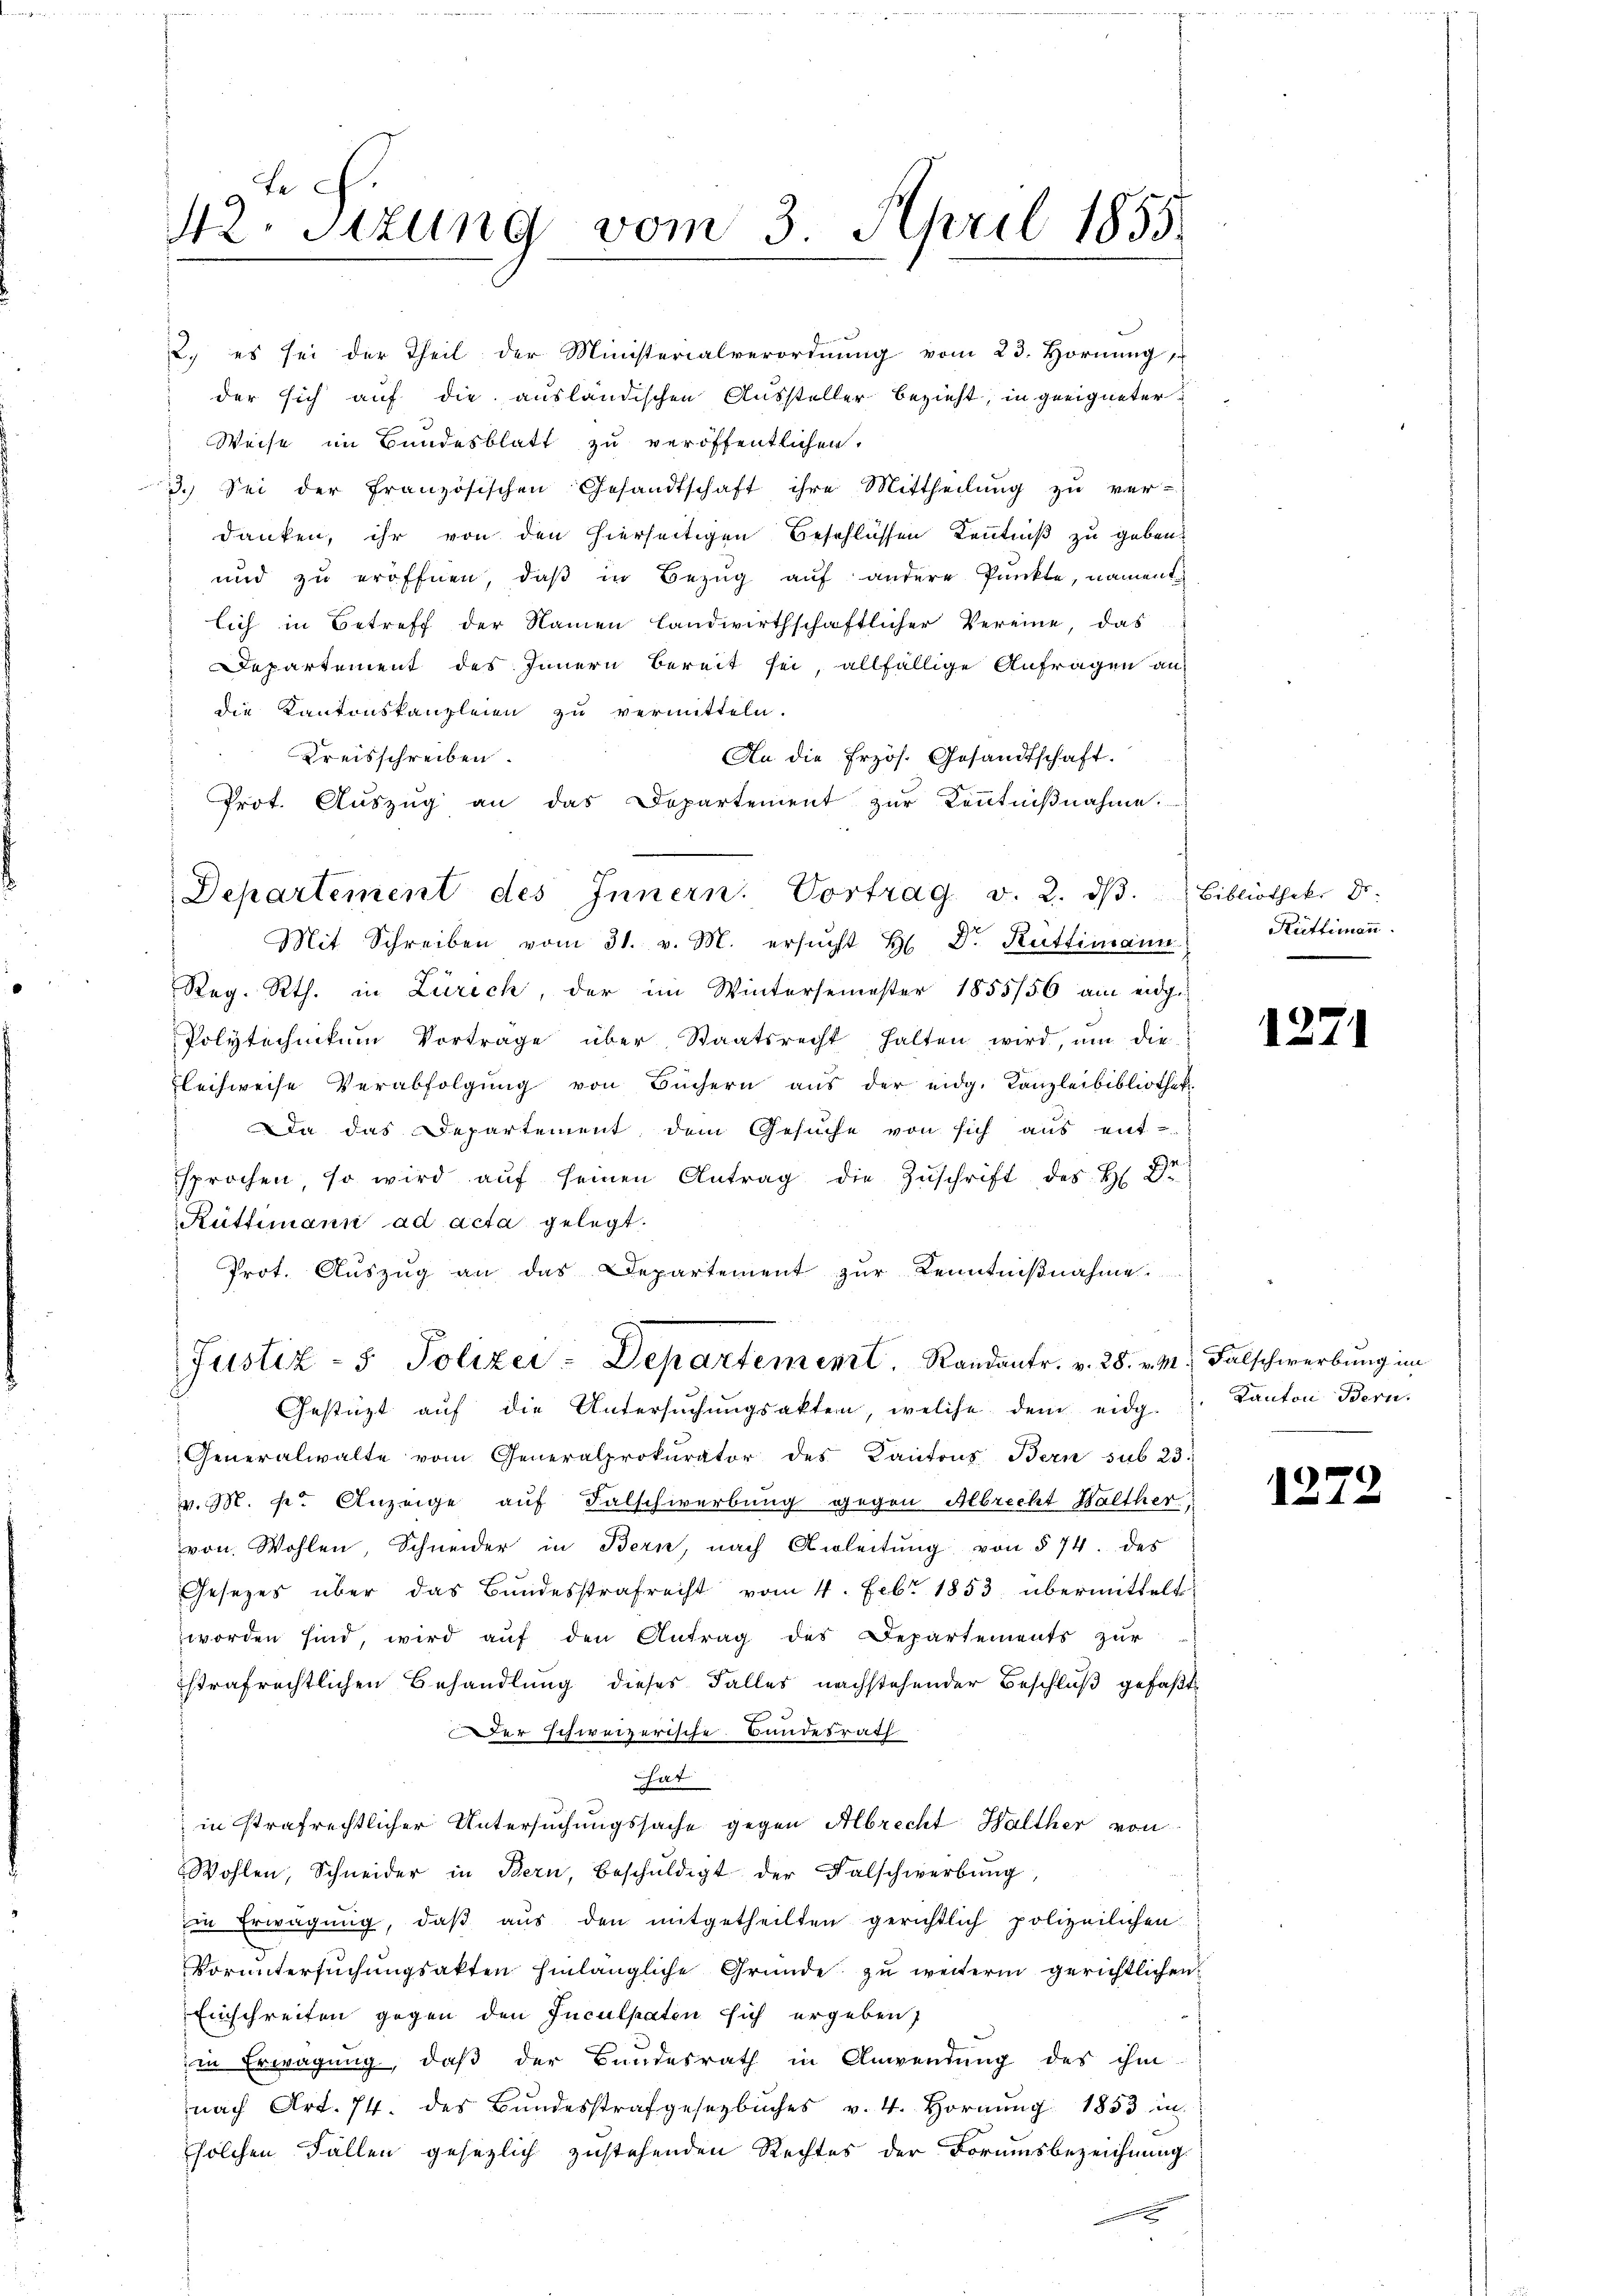
3. Sei der französischen Gesandtschaft ihre Mittheilŭng zŭ ver-
danken, ihr von den hierseitigen Beschlüssen Kenntniß zu geben.
und zu eröffnen, daβ in Bezug auf andere Punkte, nament
lich in Betreff der Namen landwirthschaftlicher Vereine, das
Departement des Innern bereit sei, allfällige Anfragen an
die Kantonskanzleien zu vermitteln.
Kreisschreiben.
An die Erzös. Gesandtschaft.
Prot. Aŭszŭg an das Departement zŭr Kenntniβnahme.
Mit Schreiben vom 31. v. M. ersŭcht H. Dr. Rüttimann
Reg. Rth. in Zürich, der im Wintersemester 1855/56 am eidge
Polytechnikum Vorträge über Staatsrecht halten wird, um die
Flechweise Verabfolgŭng von Büchern aus der eidg. Kanzleibibliothek.
Da das Departement dem Gesuche von sich aus ent-
sprochen so wird aŭf seinen Antrag die Zŭschrift des H. Dr
Rüttimann ad acta gelegt.
Prot. Auszug an das Departement zur Kenntnißnahme.
Justiz - 5. Polizei-Departement. Randantr. v. 28. v. M. Falschwerbung im
Gestützt auf die Untersuchungsakter, welche dem eidg
Generalwalte vom Generalprokurator des Kantons Bern sub 23.
v. M. s. Anzeige auf Falschwerbung gegen Albrecht Walther
von Wohlen, Schneider in Bern, nach Anleitŭng von § 74. des
Gesetzes über das Bundesstrafrecht vom 4. Febr. 1853 übermittelt.
worden sind, wird auf den Antrag des Departements zur
strafrechtlichen Behandlung dieses Falles nachstehender Beschluß gefaßte
Der schweizerische Bundesrath
hat
in strafrechtlicher Untersuchungssache gegen Albrecht Walther von
Wohlen, Schneider in Bern, beschŭldigt der Falschwerbŭng
in Erwägung, daß aus den mitgetheilten gerichtlich polizeilichen
Vorŭntersŭchŭngsakten hinlängliche Gründe zu weiterm gerichtlichen
Einschreiten gegen den Inculpaten sich ergeben,
in Erwägung, daß der Bundesrath in Anwendung des ihm
nach Art. 74. des Bundesstrafgesetzbuches v. 4. Hornung 1853 in
solchen Fällen gesezlich zustehenden Rechtes der Formesbezeichnung

t c.
42. Sizung vom 3. April 1855.

2. es sei der Theil der Ministerialverordnung vom 23. Hornung
 der sich auf die ausländischen Aussteller bezieht, in geeigneter
Weise im Bundesblatt zu veröffentlichen.

Departement des Innern. Vortrag v. 2. dβ. Bibliothek Dr.

Rüttimann.

1271

Kanton Bern.

127